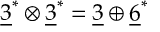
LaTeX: \underline { { { 3 } } } ^ { * } \otimes \underline { { { 3 } } } ^ { * } = \underline { { { 3 } } } \oplus \underline { { { 6 } } } ^ { * }